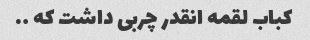
کباب لقمه انقدر چربی داشت که ….